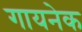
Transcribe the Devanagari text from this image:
गायनेक